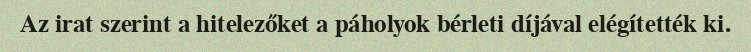
Az irat szerint a hitelezőket a páholyok bérleti díjával elégítették ki.